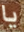
يا